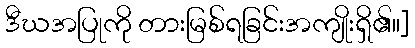
ဒီဃအပြုကို တားမြစ်ရခြင်းအကျိုးရှိ၏။]